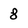
Character: 8